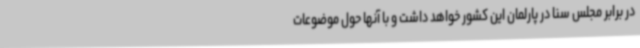
در برابر مجلس سنا در پارلمان این کشور خواهد داشت و با آنها حول موضوعات